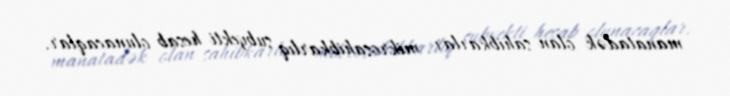
manatadək olan sahibkarlar mikrosahibkarlıq subyekti hesab olunacaqlar.